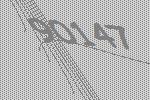
90147